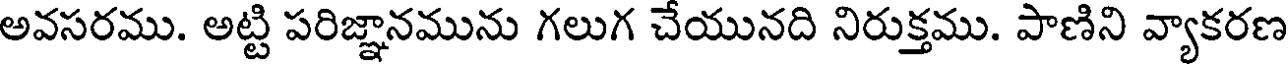
అవసరము. అట్టి పరిజ్ఞానమును గలుగ చేయునది నిరుక్తము. పాణిని వ్యాకరణ